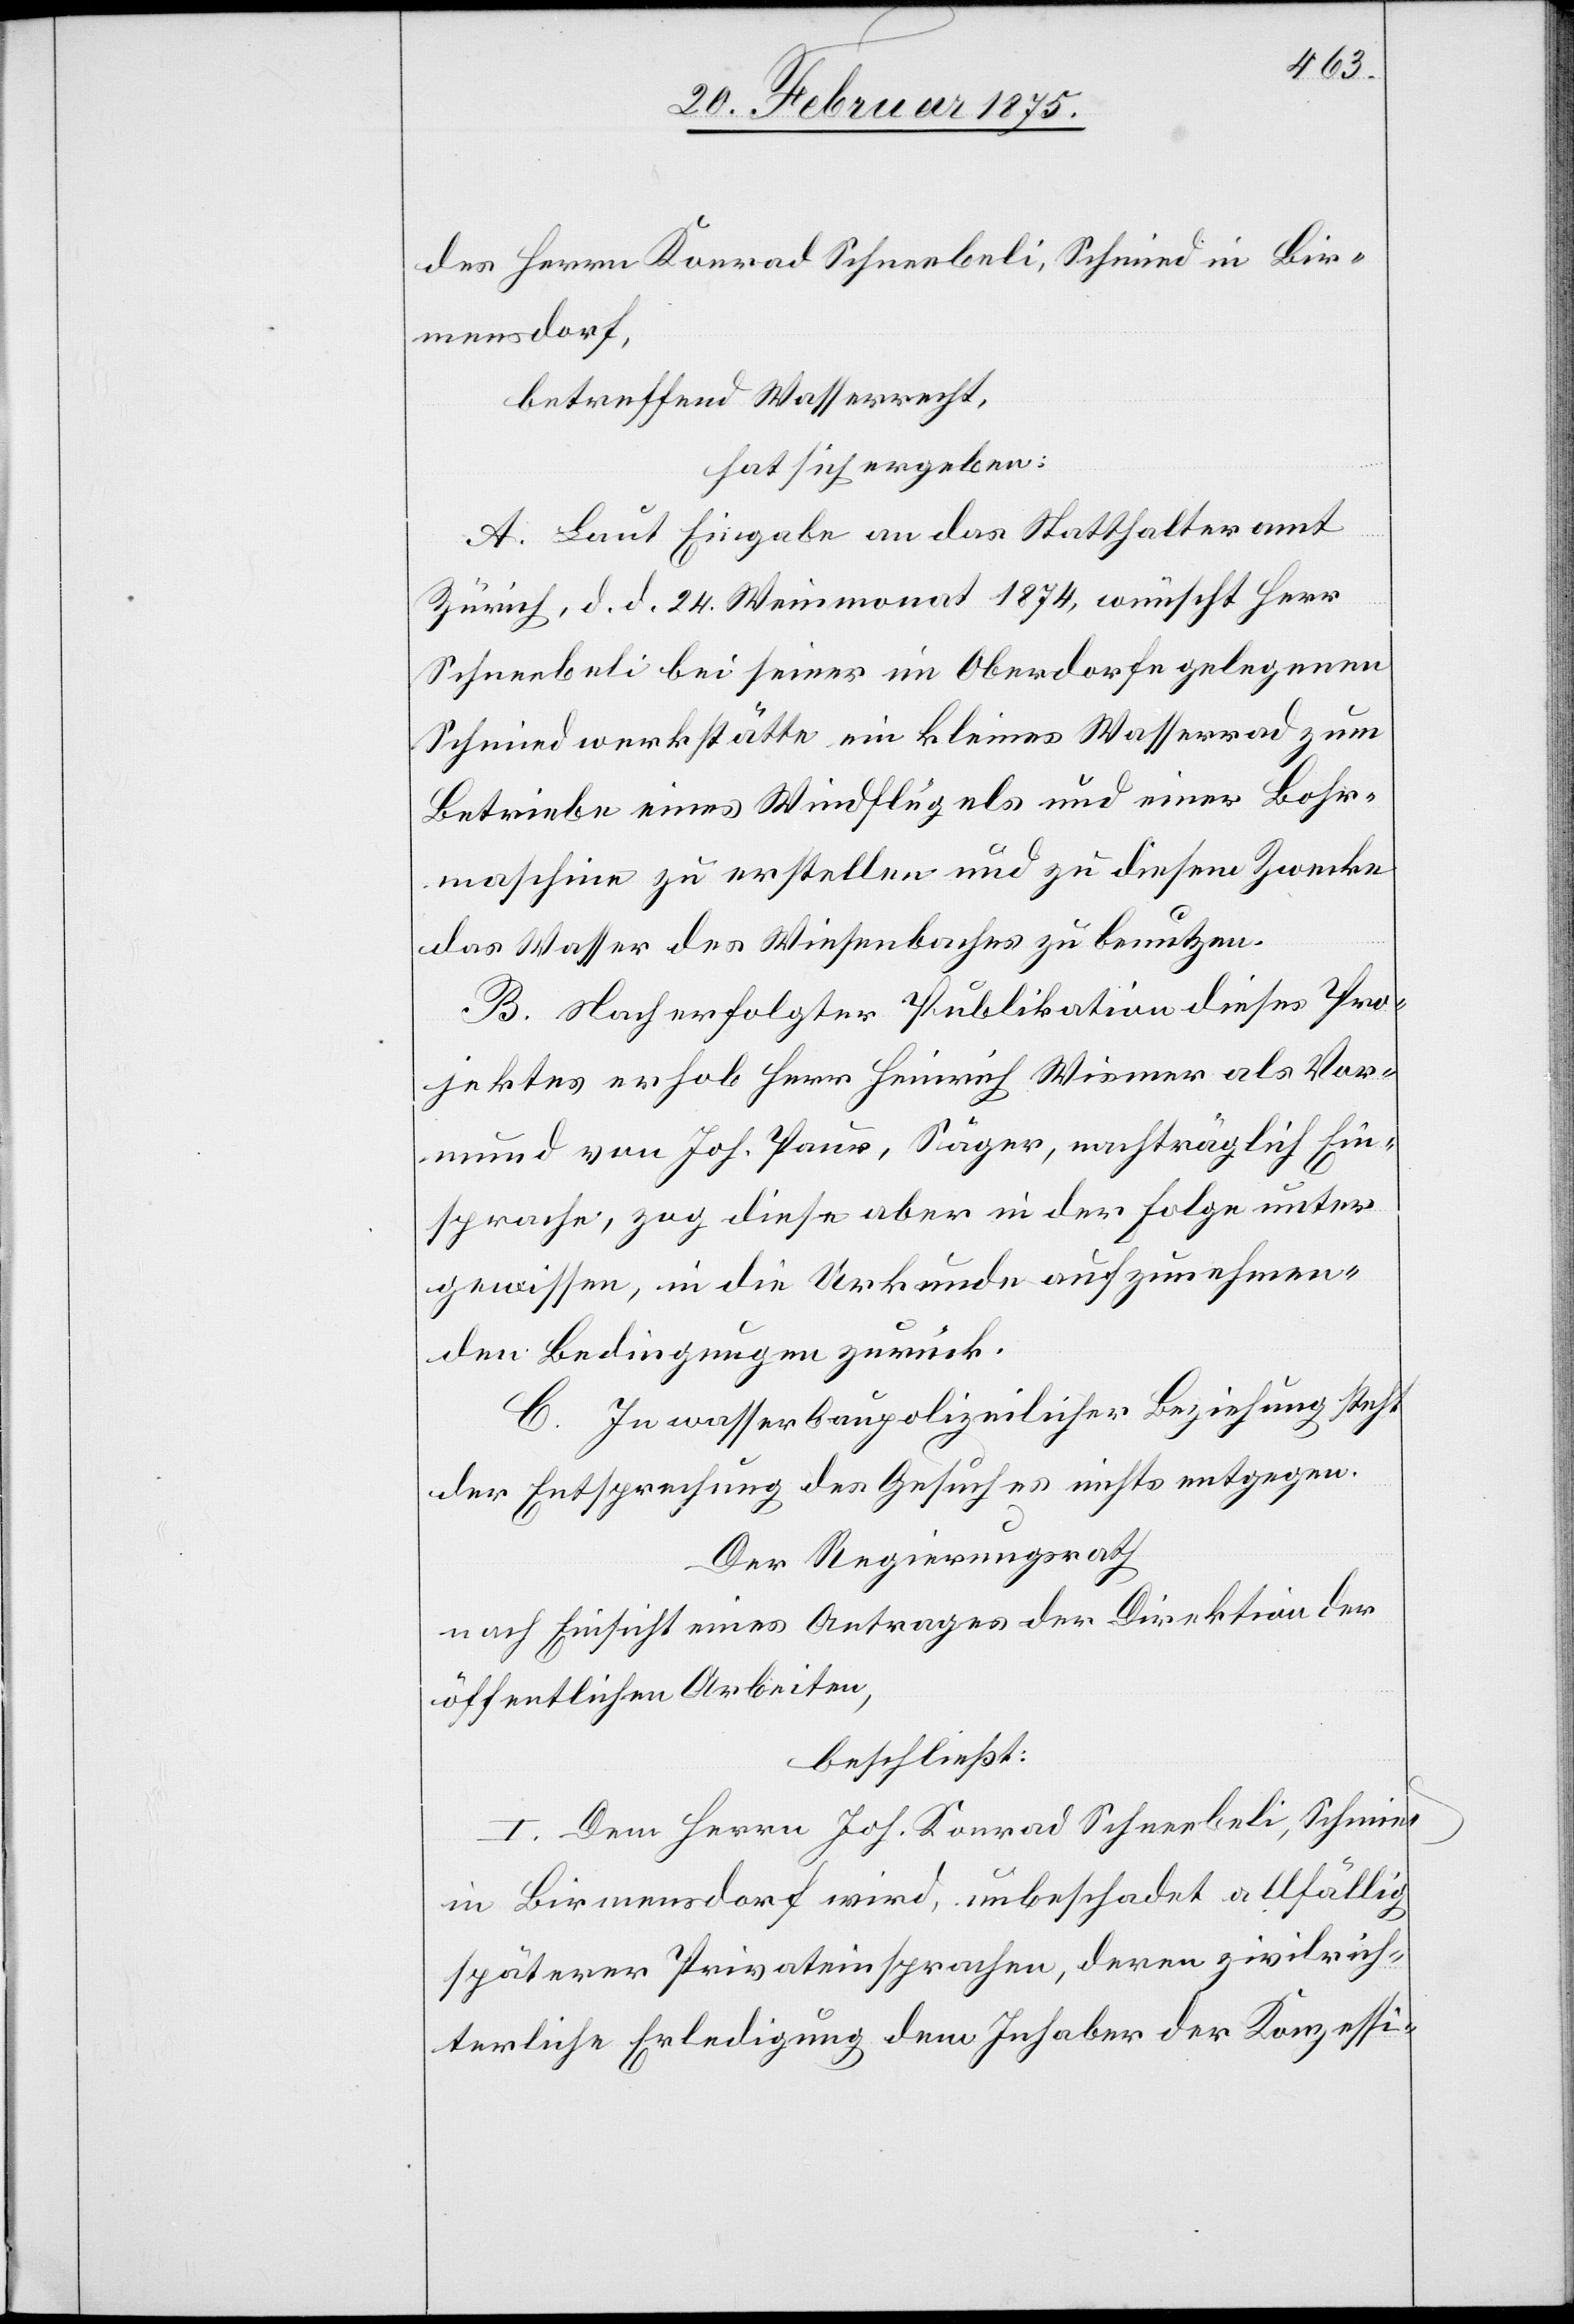
des Herrn Konrad Schneebeli, Schmied in Bir¬
mensdorf,
betreffend Wasserrecht,
hat sich ergeben:
A. Laut Eingabe an das Statthalteramt
Zürich, d. d. 24. Weinmonat 1874, wünscht Herr
Schneebeli bei seiner im Oberdorfe gelegenen
Schmiedwerkstätte ein kleines Wasserrad zum
Betriebe eines Windflügels und einer Bohr¬
maschine zu erstellen und zu diesem Zwecke
das Wasser des Wiesenbaches zu benutzen.
B. Nach erfolgter Publikation dieses Pro¬
jektes erhob Herr Heinrich Wismer als Vor¬
mund von Joh. Paur, Säger, nachträglich Ein¬
sprache, zog diese aber in der Folge unter
gewissen, in die Urkunde aufzunehmen¬
den Bedingungen zurück.
C. In wasserbaupolizeilicher Beziehung steht
der Entsprechung des Gesuches nichts entgegen.
Der Regierungsrath
nach Einsicht eines Antrages der Direktion der
öffentlichen Arbeiten,
beschließt:
I. Dem Herrn Joh. Konrad Schneebeli, Schmied
in Birmensdorf wird, unbeschadet allfällig
späterer Privateinsprachen, deren zivilrich¬
terliche Erledigung dem Inhaber der Konzessi-